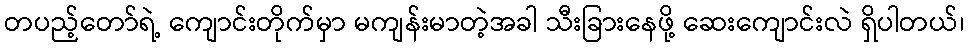
တပည့်တော်ရဲ့ ကျောင်းတိုက်မှာ မကျန်းမာတဲ့အခါ သီးခြားနေဖို့ ဆေးကျောင်းလဲ ရှိပါတယ်၊